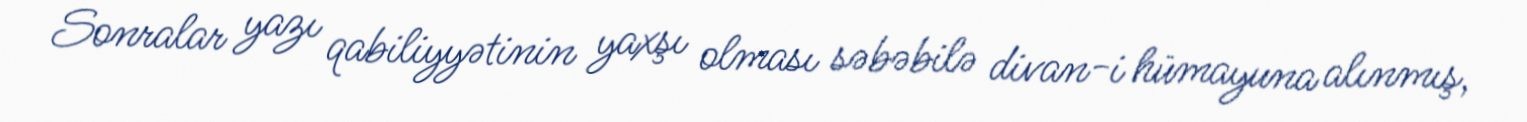
Sonralar yazı qabiliyyətinin yaxşı olması səbəbilə divan-i hümayuna alınmış,